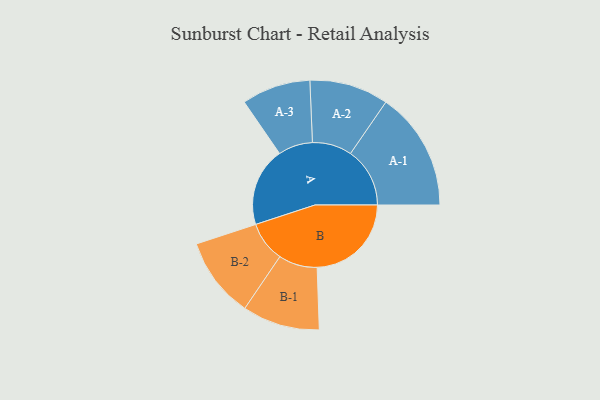
{"axis": {"x": "Segment", "y": "Value"}, "legend": ["", "A", "B"], "data": [{"x": "A", "y": 389, "type": ""}, {"x": "B", "y": 465, "type": ""}, {"x": "A-1", "y": 293, "type": "A"}, {"x": "A-2", "y": 195, "type": "A"}, {"x": "A-3", "y": 170, "type": "A"}, {"x": "B-1", "y": 191, "type": "B"}, {"x": "B-2", "y": 199, "type": "B"}]}